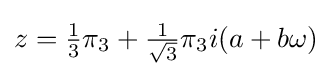
z={\tfrac {1}{3}}\pi _{3}+{\tfrac {1}{\sqrt {3}}}\pi _{3}i(a+b\omega )